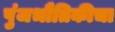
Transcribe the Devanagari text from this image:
पुंजभौतिकीचा